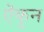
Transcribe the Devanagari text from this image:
ऎकुन